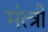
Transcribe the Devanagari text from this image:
मंत्त्री